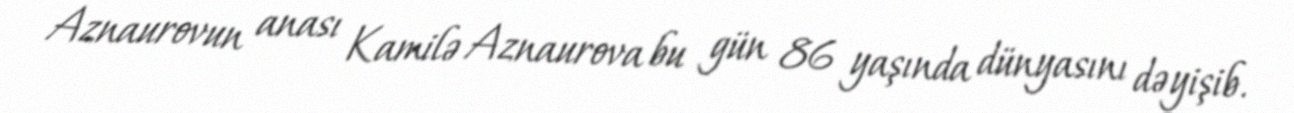
Aznaurovun anası Kamilə Aznaurova bu gün 86 yaşında dünyasını dəyişib.